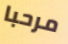
مرحبا